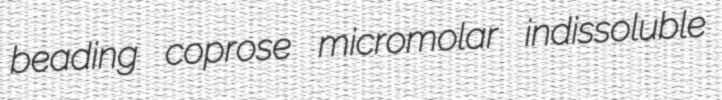
beading coprose micromolar indissoluble